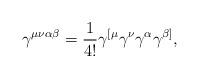
LaTeX: \begin{align*}\gamma^{\mu\nu\alpha\beta}=\frac{1}{4!}\gamma^{[\mu}\gamma^{\nu}\gamma^{\alpha}\gamma^{\beta]},\end{align*}